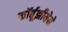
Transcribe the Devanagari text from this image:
कॉर्बूझीयेने